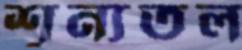
শূন্যতল